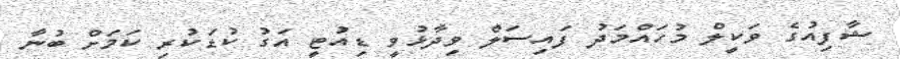
ޝާފިއުގެ ވަކީލް މުހައްމަދު ފައިސަލް ވިދާޅުވީ ޑިއުޓީ އަގު ކުޑަކުރި ކަމަށް ބުނާ